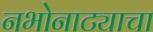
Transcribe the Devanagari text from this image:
नभोनाट्याचा